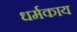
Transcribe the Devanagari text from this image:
धर्मकाय